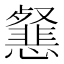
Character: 𢤰